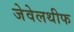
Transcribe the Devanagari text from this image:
जेवेलथीफ